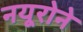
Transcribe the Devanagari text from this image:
नयूरोने